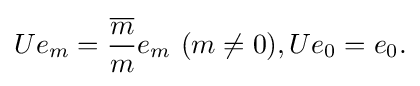
\displaystyle {Ue_{m}={{\overline {m}} \over m}e_{m}\,\,(m\neq 0),Ue_{0}=e_{0}.}